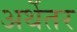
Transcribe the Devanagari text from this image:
अर्थेतर